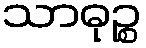
သာဓုဉ္စ